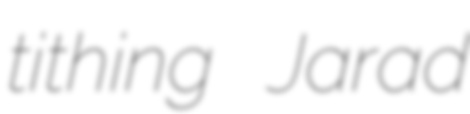
tithing Jarad